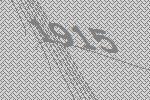
1915